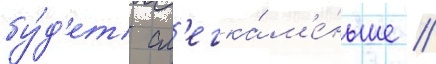
бу́д'ет сл'егка́ м'е́ньше /